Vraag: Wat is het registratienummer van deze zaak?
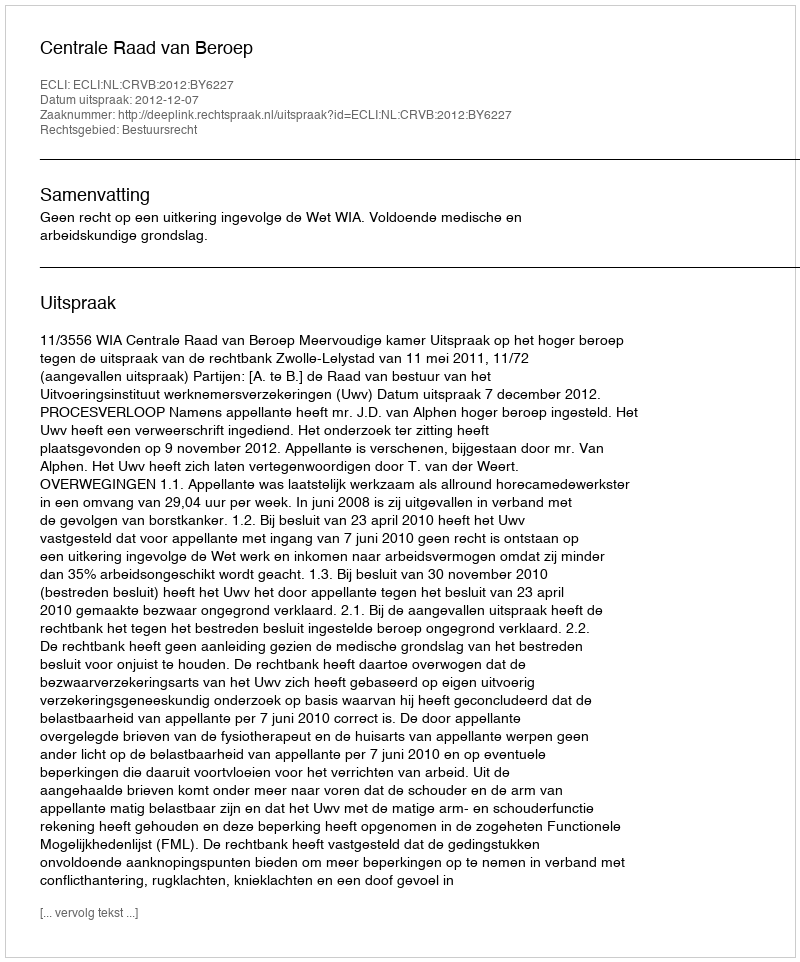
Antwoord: http://deeplink.rechtspraak.nl/uitspraak?id=ECLI:NL:CRVB:2012:BY6227